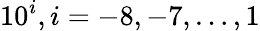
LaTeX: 10^{i},i=-8,-7,…,1